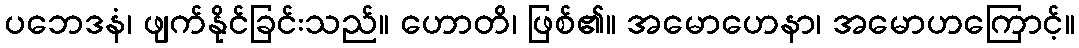
ပဘေဒနံ၊ ဖျက်နိုင်ခြင်းသည်။ ဟောတိ၊ ဖြစ်၏။ အမောဟေနာ၊ အမောဟကြောင့်။